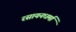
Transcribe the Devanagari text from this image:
रसायनधर्मा